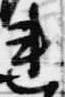
連